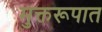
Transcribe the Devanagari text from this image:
मुक्तरूपात